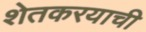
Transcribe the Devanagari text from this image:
शेतकरयाची